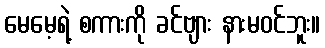
မေမေ့ရဲ့ စကားကို ခင်ဗျား နားမဝင်ဘူး။